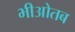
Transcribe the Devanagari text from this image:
भीओतब